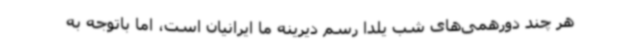
هر چند دورهمی‌های شب یلدا رسم دیرینه ما ایرانیان است، اما باتوجه به